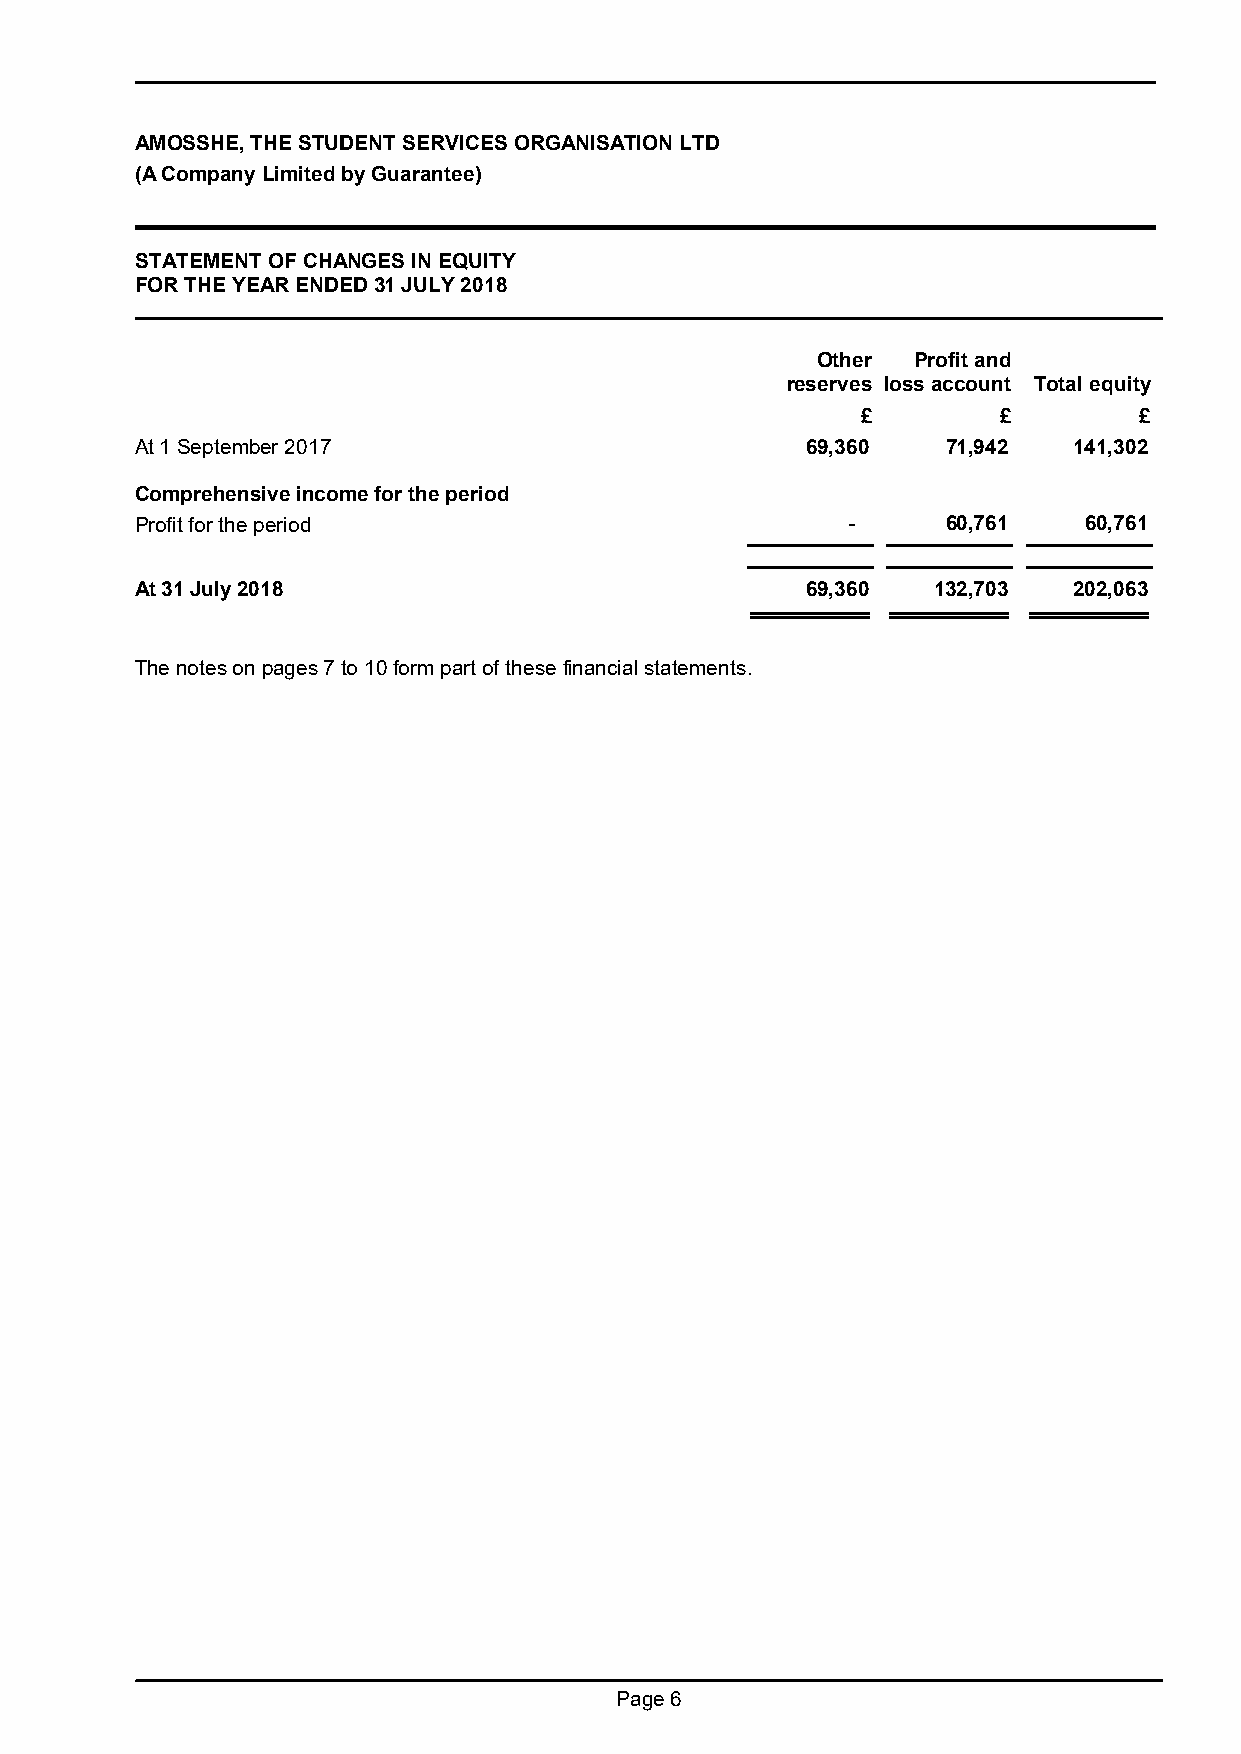
AMOSSHE, THE STUDENT SERVICES ORGANISATION LTD
 (A Company Limited by Guarantee)
 STATEMENT OF CHANGES IN EQUITY
 FOR THE YEAR ENDED 31 JULY 2018
 Other Profit and
 reserves loss account Total equity
 £        £        £
 At 1 September 2017                         69,360    71,942  141,302
 Comprehensive income for the period
 Profit for the period                          -      60,761   60,761
 At 31 July 2018                             69,360   132,703  202,063
 The notes on pages 7 to 10 form part of these financial statements.
 Page 6